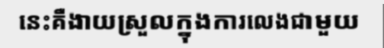
នេះគឺងាយស្រួលក្នុងការលេងជាមួយ